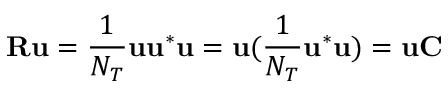
\mathbf { R } \mathbf { u } = \frac { 1 } { N _ { T } } \mathbf { u } \mathbf { u } ^ { * } \mathbf { u } = \mathbf { u } ( \frac { 1 } { N _ { T } } \mathbf { u } ^ { * } \mathbf { u } ) = \mathbf { u } \mathbf { C }